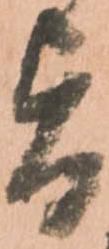
旨